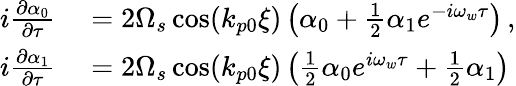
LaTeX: \begin{array}{rl}{i\frac{\partial\alpha_{0}}{\partial\tau}}&{{}=2\Omega_{s}\cos(k_{p0}\xi)\left(\alpha_{0}+\frac{1}{2}\alpha_{1}e^{-i\omega_{w}\tau}\right)\, ,}\\ {i\frac{\partial\alpha_{1}}{\partial\tau}}&{{}=2\Omega_{s}\cos(k_{p0}\xi)\left(\frac{1}{2}\alpha_{0}e^{i\omega_{w}\tau}+\frac{1}{2}\alpha_{1}\right)}\end{array}